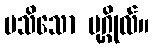
မသိသော ပုဂ္ဂိုလ်။